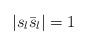
LaTeX: \begin{align*}|s_l{\bar s}_l|=1\end{align*}